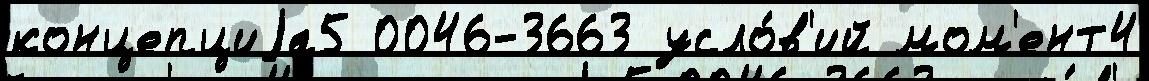
концепциjа5 0046-3663 усло́в'ий мом'ент4